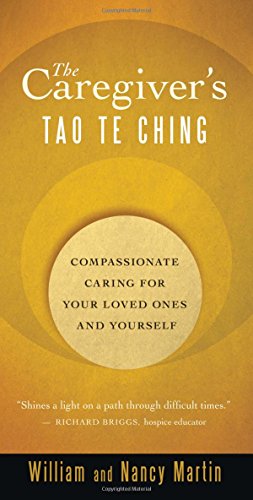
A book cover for The Caregiver's Tao Te Ching: Compassionate Caring for Your Loved Ones and Yourself; William Martin; Religion & Spirituality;